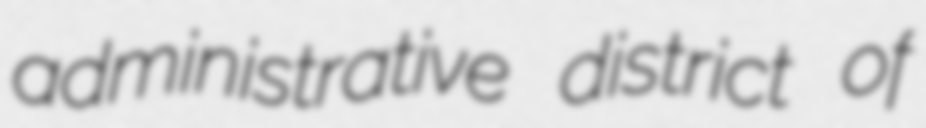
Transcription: administrative district of